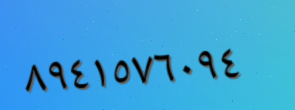
٨٩٤١٥٧٦٠٩٤